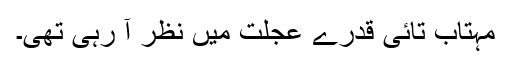
مہتاب تائی قدرے عجلت میں نظر آ رہی تھی۔